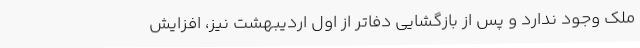
ملک وجود ندارد و پس از بازگشایی دفاتر از اول اردیبهشت نیز، افزایش